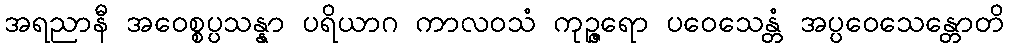
အရညာနီ အဝေစ္စပ္ပသန္နာ ပရိယာဂ ကာလဝသံ ကုဉ္ဇရော ပဝေသေန္တံ အပ္ပဝေသေန္တောတိ